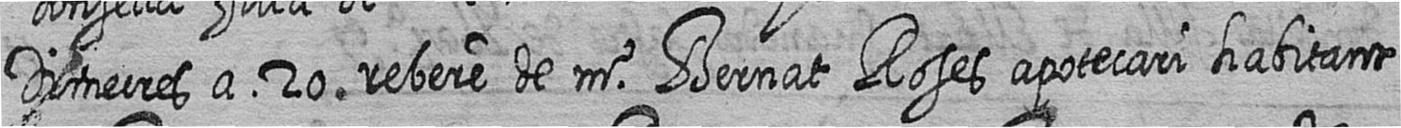
Dimecres a 20 rebere de mr Bernat Roses apotecari habitant